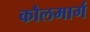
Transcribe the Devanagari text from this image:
कौलमार्ग